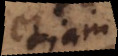
etiam